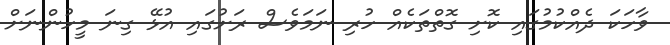
ވާހަކަ ދެއްކުމުގައި ކޮށި ގޮތްތަކެއް ހުރި ނަަމަވެސް ރަށުގައި އުޅޭ ގިނަ މީހުންނަށް